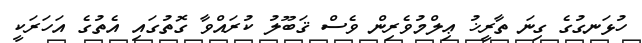
ހުޅަނގުގެ ގިނަ ތާރީޚު ޢިލްމުވެރިން ވެސް ޤަބޫލު ކުރައްވާ ގޮތުގައި އެތުގެ އަހަރަކީ